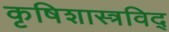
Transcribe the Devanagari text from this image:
कृषिशास्त्रविद्